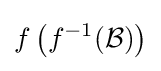
f\left(f^{-1}({\mathcal {B}})\right)